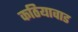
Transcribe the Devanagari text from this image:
कठियावाड